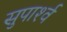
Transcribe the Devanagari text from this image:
सुपार्श्‍व